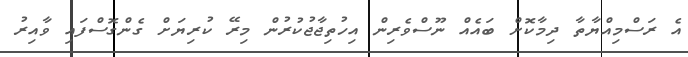
އެ ރަސްމިއްޔާތާ ދިމާކޮށް ބައެއް ނޫސްވެރިން އިހުތިޖާޖުކުރުން މިރޭ ކުރިޔަށް ގެންގޮސްފައި ވާއިރު